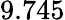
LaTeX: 9.745